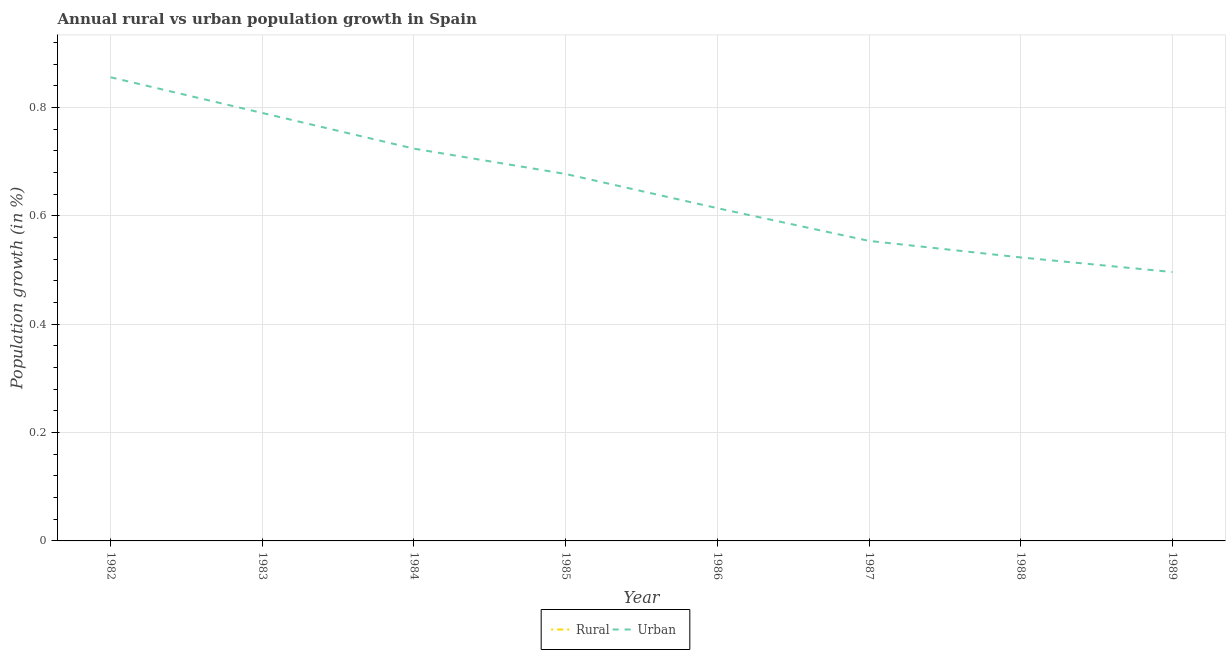
| Year | Rural | Urban  |
 | --- | --- | --- |
 | 1982 | -0.353 | 0.856 |
 | 1983 | -0.415 | 0.79 |
 | 1984 | -0.483 | 0.724 |
 | 1985 | -0.526 | 0.677 |
 | 1986 | -0.596 | 0.614 |
 | 1987 | -0.653 | 0.554 |
 | 1988 | -0.68 | 0.523 |
 | 1989 | -0.709 | 0.496 |